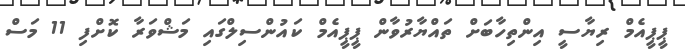
ޕީޕީއެމް ރިޔާސީ އިންތިހާބަށް ތައްޔާރުވާން ޕީޕީއެމް ކައުންސިލްގައި މަޝްވަރާ ކޮށްފި 11 މަސް